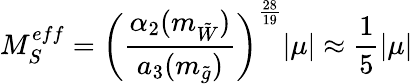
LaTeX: M_{S}^{eff}=\left(\frac{\alpha_{2}(m_{\tilde{W}})}{a_{3}(m_{\tilde{g}})}\right)^{\frac{28}{19}}|\mu|\approx\frac{1}{5}|\mu|